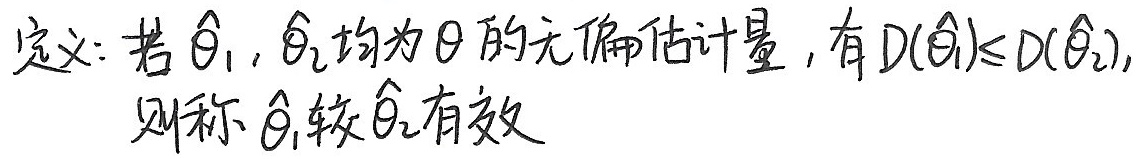
定义：若$\hat{\theta}_1,\hat{\theta}_2$均为$\theta$的无偏估计量，有$D(\hat{\theta}_1)\leq D(\hat{\theta}_2)$，
则称$\hat{\theta}_1$较$\hat{\theta}_2$有效